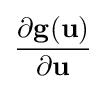
{\frac {\partial \mathbf {g} (\mathbf {u} )}{\partial \mathbf {u} }}